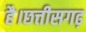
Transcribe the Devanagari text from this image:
है।छत्तीसगढ़